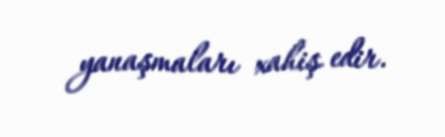
yanaşmaları xahiş edir.